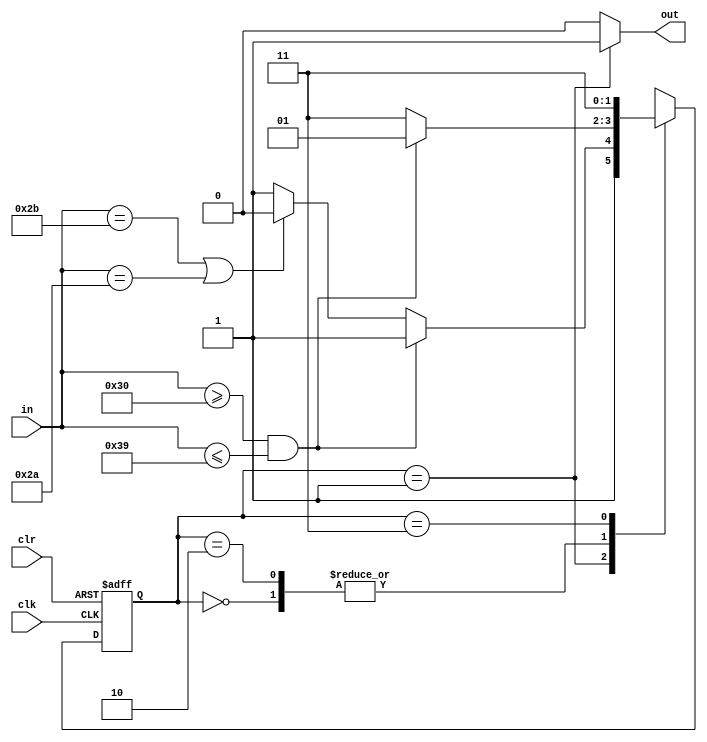
`timescale 1ns / 1ps
//////////////////////////////////////////////////////////////////////////////////
// Company: 
// Engineer: 
// 
// Design Name: 
// Module Name:    string 
// Project Name: 
// Target Devices: 
// Tool versions: 
// Description: 
//
// Dependencies: 
//
// Revision: 
// Revision 0.01 - File Created
// Additional Comments: 
//
//////////////////////////////////////////////////////////////////////////////////
module string(
    input clk,
    input clr,
    input [7:0] in,
    output out
    );
	parameter S0 = 2'b00;
	parameter S1 = 2'b01;
	parameter S2 = 2'b10;
	parameter S3 = 2'b11;
	
	reg [1:0] status = S0; 
	
	always@(posedge clk or posedge clr) begin
		if (clr == 1'b1) begin
			status <= S0;
		end
		else begin
			case(status)
			S0:begin
					if ((in >= 8'h30) && (in <= 8'h39)) begin
						status <= S1;
					end
					else if ((in == "+") || (in == "*")) begin
						status <= S3;
					end
					else begin
						status <= S3;
					end
				end
			S1:begin
					if ((in >= 8'h30) && (in <= 8'h39)) begin
						status <= S3;
					end
					else if ((in == "+") || (in == "*")) begin
						status <= S2;
					end
					else begin
						status <= S3;
					end
				end
			S2:begin
					if ((in >= 8'h30) && (in <= 8'h39)) begin
						status <= S1;
					end
					else if ((in == "+") || (in == "*")) begin
						status <= S3;
					end
					else begin
						status <= S3;
					end
				end
			S3:begin
					if ((in >= 8'h30) && (in <= 8'h39)) begin
						status <= S3;
					end
					else if ((in == "+") || (in == "*")) begin
						status <= S3;
					end
					else begin
						status <= S3;
					end
				end
			endcase
		end
	end
	
	assign out = (status == S1) ? 1'b1 : 1'b0;

endmodule